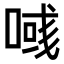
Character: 𠸹